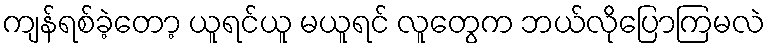
ကျန်ရစ်ခဲ့တော့ ယူရင်ယူ မယူရင် လူတွေက ဘယ်လိုပြောကြမလဲ